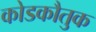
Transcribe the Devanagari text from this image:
कोडकौतुक